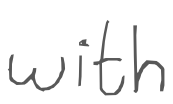
Text: with
Cross-out: clean
Writing tool: digital_gray